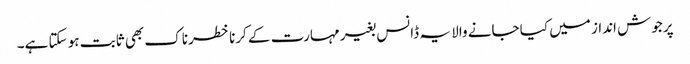
پرجوش انداز میں کیا جانے والا یہ ڈانس بغیر مہارت کے کرنا خطرناک بھی ثابت ہو سکتا ہے۔